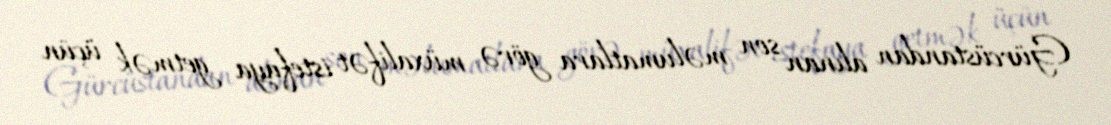
Gürcüstandan alınan son məlumatlara görə, müxalifət istefaya getmək üçün